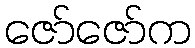
ဇော်ဇော်က